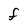
Character: F